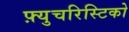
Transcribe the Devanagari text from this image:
फ़्युचरिस्टिको